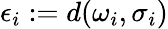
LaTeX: \epsilon_{i}:=d(\omega_{i},\sigma_{i})